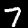
Digit: 7